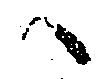
へ